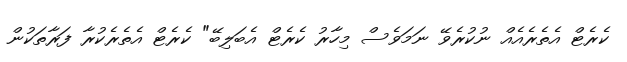
ކެރެޓް އެތެރެއެއް ނުކުރެވޭ ނަމަވެސް މިހާރު ކެރެޓް އެބަލިބޭ" ކެރެޓް އެތެރެކުރާ ފަރާތަކުން